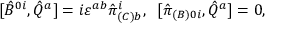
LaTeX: [ \hat { B } ^ { 0 i } , \hat { Q } ^ { a } ] = i \varepsilon ^ { a b } \hat { \pi } _ { ( C ) b } ^ { i } , \; \; [ \hat { \pi } _ { ( B ) 0 i } , \hat { Q } ^ { a } ] = 0 ,